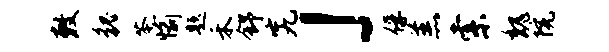
敕貌苓愉题禾舒究」俘羔索魏院